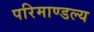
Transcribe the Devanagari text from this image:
परिमाण्डल्य